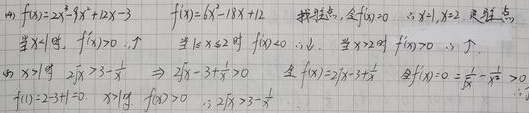
(4) \(f(x)=2x^{3}-9x^{2}+12x - 3\)，\(f'(x)=6x^{2}-18x + 12\)。

求驻点，令 \(f'(x)=0\)，即 \(6x^{2}-18x + 12=0\)，解得 \(x = 1,x = 2\)。

求驻点情况：
当 \(x<1\) 时，\(f'(x)>0\)，\(\therefore\)；
当 \(1<x<2\) 时，\(f'(x)<0\)，\(\therefore\)；
当 \(x>2\) 时，\(f'(x)>0\)，\(\therefore\)。

当 \(x = 1\) 时，\(2\sqrt{3}-3\frac{1}{\sqrt{3}}\)，\(\Rightarrow 2\sqrt{3}-3\frac{1}{\sqrt{3}}>0\)。

令 \(f(x)=2\sqrt{3}x-3\frac{1}{x}\)，当 \(f'(x)=0\Rightarrow\frac{1}{x^{2}}-\frac{1}{3}=0\)。

\(f(1)=2 - 9+12 - 3=2\)，当 \(x>1\) 时，\(f(x)>0\)，\(3\times2\sqrt{3}-3\frac{1}{\sqrt{3}}\)